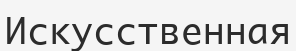
Искусственная